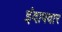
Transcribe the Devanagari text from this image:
इंदापवार